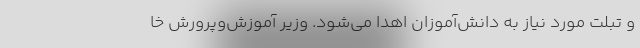
و تبلت مورد نیاز به دانش‌آموزان اهدا می‌شود. وزیر آموزش‌وپرورش خا